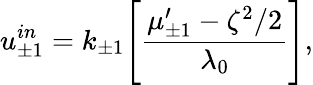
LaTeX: u_{\pm 1}^{in}=k_{\pm 1}\Bigg[\frac{\mu_{\pm 1}^{\prime}-\zeta^{2}/2}{\lambda_{0}}\Bigg],